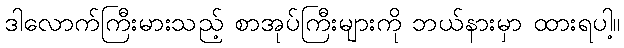
ဒါလောက်ကြီးမားသည့် စာအုပ်ကြီးများကို ဘယ်နားမှာ ထားရပါ့။